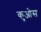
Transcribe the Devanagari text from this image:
कुओस